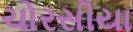
ચોરસીયા